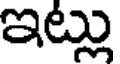
ఇట్లు